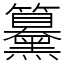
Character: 䵵